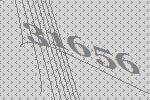
31656